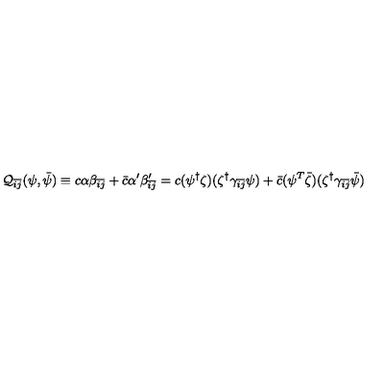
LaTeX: { \cal Q } _ { \bar { i } \bar { j } } ( \psi , \bar { \psi } ) \equiv c \alpha \beta _ { \bar { i } \bar { j } } + \bar { c } \alpha ^ { \prime } \beta _ { \bar { i } \bar { j } } ^ { \prime } = c ( \psi ^ { \dag } \zeta ) ( \zeta ^ { \dag } \gamma _ { \bar { i } \bar { j } } \psi ) + \bar { c } ( \psi ^ { T } \bar { \zeta } ) ( \zeta ^ { \dag } \gamma _ { \bar { i } \bar { j } } \bar { \psi } )